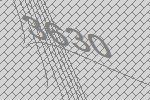
3630